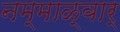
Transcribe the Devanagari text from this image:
नम्माळ्वार्